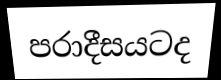
පරාදීසයටද